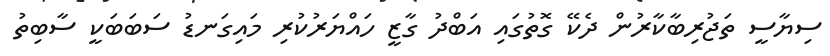
ސިޔާސީ ތަޖުރިބާކާރުން ދެކޭ ގޮތުގައި އަބްދު ގާޒީ ހައްޔަރުކުރި މައިގަނޑު ސަބަބަކީ ސާބިތު